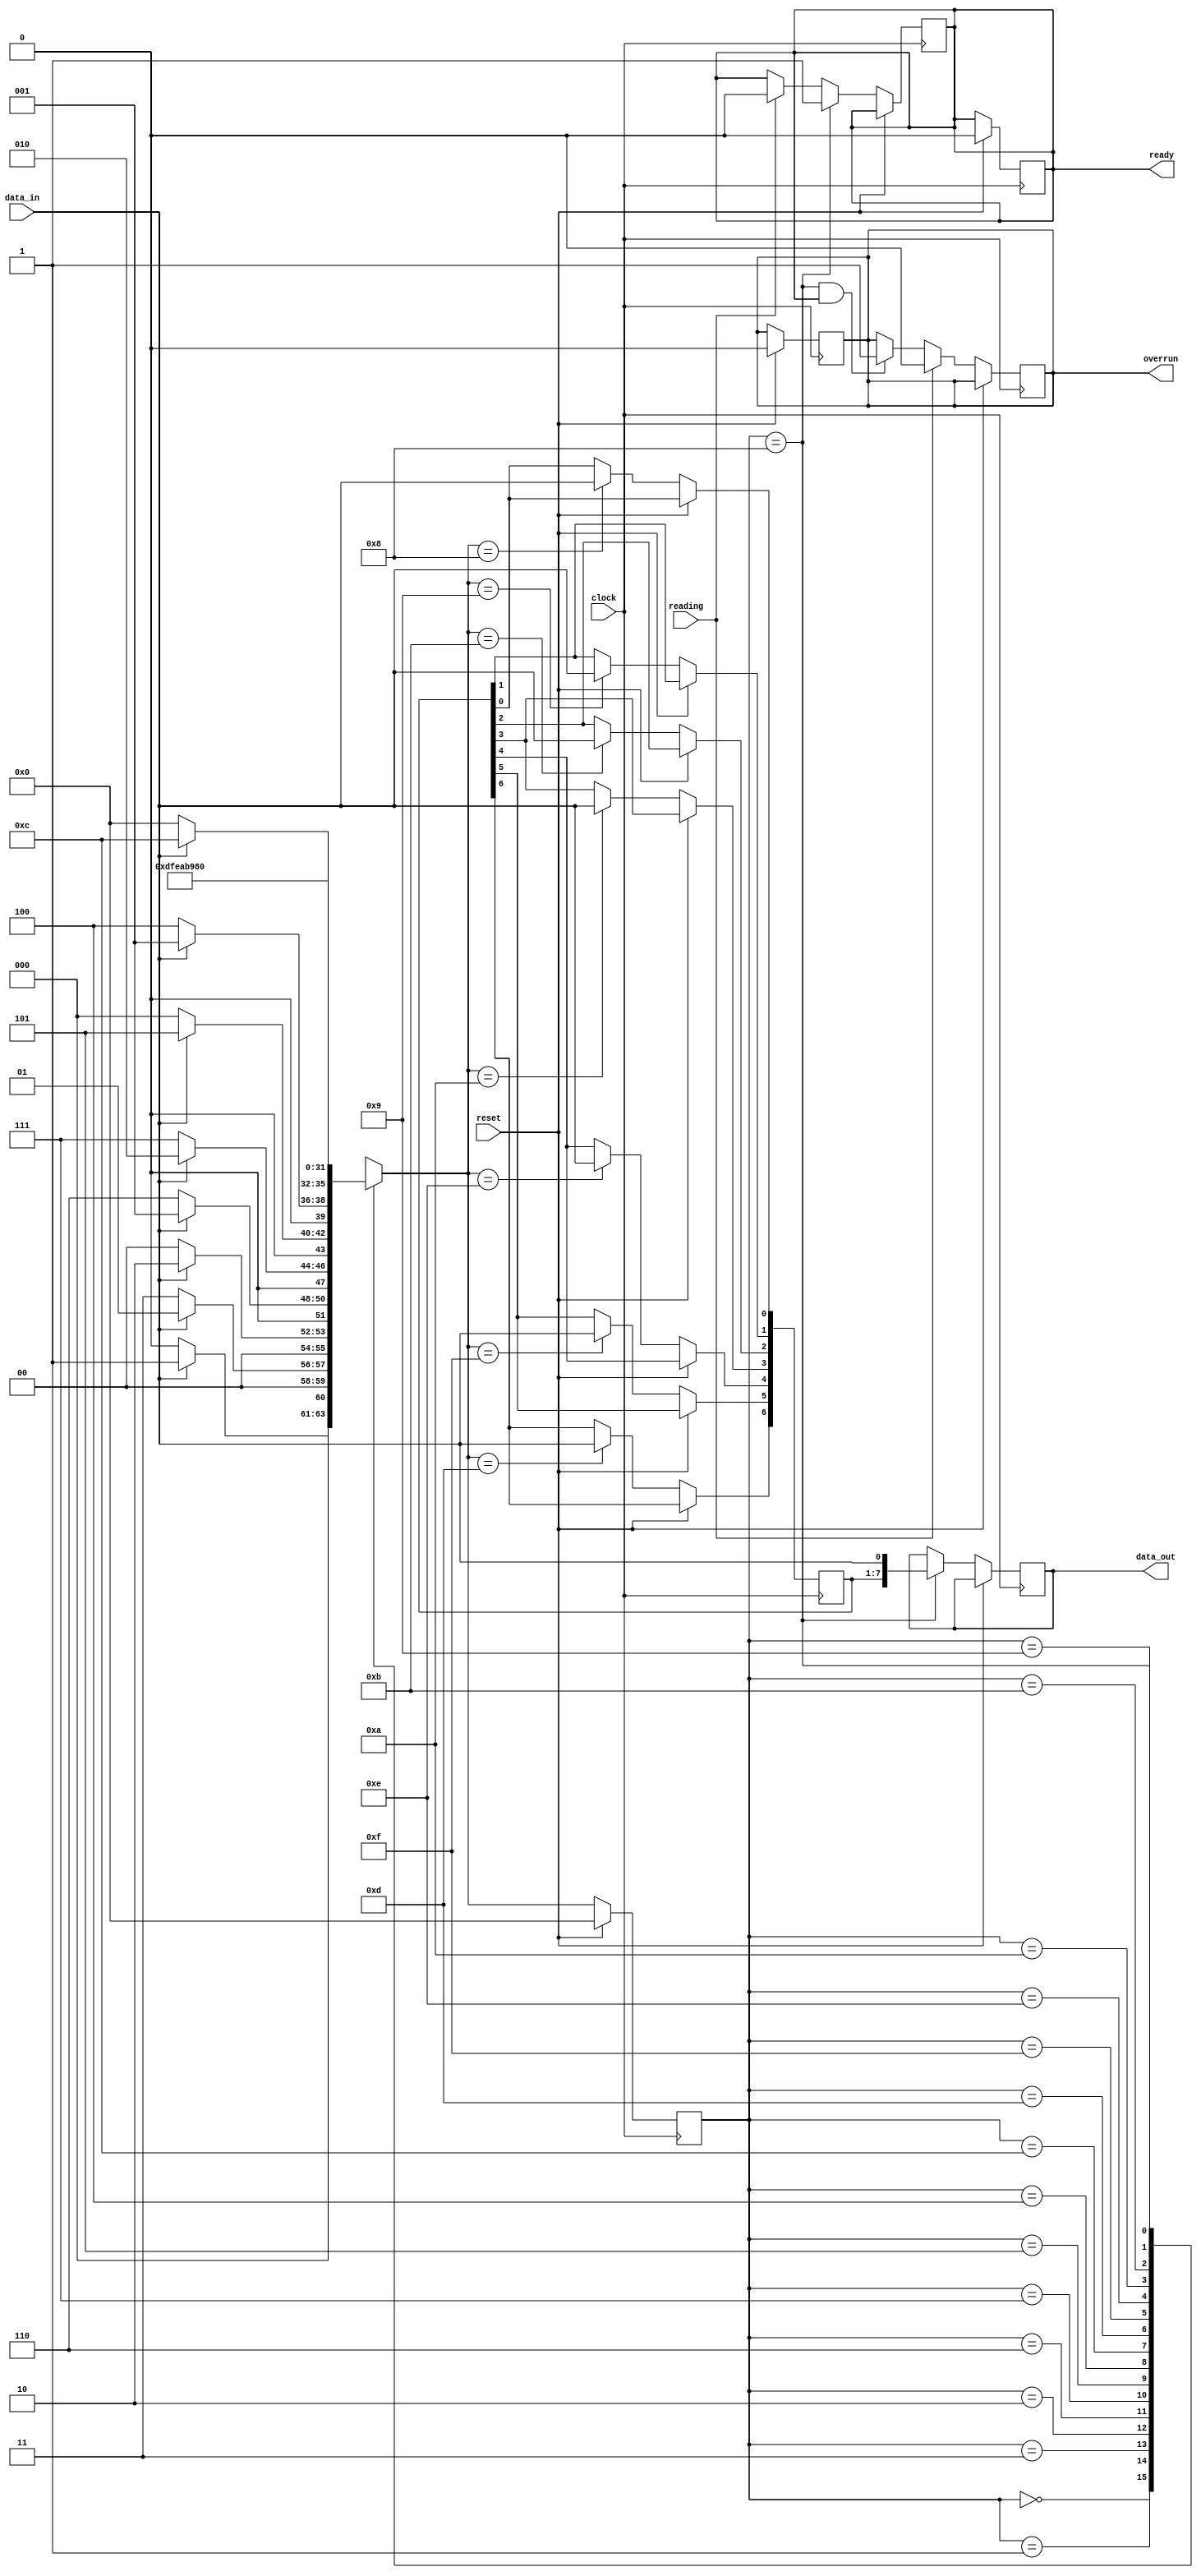
module rcvr
(
  input  wire      clock   ,
  input  wire      reset   ,
  input  wire      data_in ,
  input  wire      reading ,
  output reg       ready   ,
  output reg       overrun ,
  output reg [7:0] data_out
);

  // For proper operation the FSM must hard-code the MATCH
  localparam [7:0] MATCH = 8'hA5 ; // 10100101

  reg [3:0] state, nstate ;

  // Opportunity for Gray encoding as path is mostly linear
  localparam [3:0] HEAD1=4'b0000, HEAD2=4'b0001, HEAD3=4'b0011, HEAD4=4'b0010,
                   HEAD5=4'b0110, HEAD6=4'b0111, HEAD7=4'b0101, HEAD8=4'b0100,
                   BODY1=4'b1100, BODY2=4'b1101, BODY3=4'b1111, BODY4=4'b1110,
                   BODY5=4'b1010, BODY6=4'b1011, BODY7=4'b1001, BODY8=4'b1000;

  reg [6:0] body_reg ;

  // Next state logic
  always @*

    // WHEN IN EACH STATE WHAT MOVES FSM TO WHAT NEXT STATE?
    case ( state )
      
      HEAD1: nstate <=  data_in ? HEAD2 : HEAD1;
      HEAD2: nstate <= !data_in ? HEAD3 : HEAD2;
      HEAD3: nstate <=  data_in ? HEAD4 : HEAD1;
      HEAD4: nstate <= !data_in ? HEAD5 : HEAD2;
      HEAD5: nstate <= !data_in ? HEAD6 : HEAD4;
      HEAD6: nstate <=  data_in ? HEAD7 : HEAD1;
      HEAD7: nstate <= !data_in ? HEAD8 : HEAD2;
      HEAD8: nstate <=  data_in ? BODY1 : HEAD1;
      BODY1: nstate <= BODY2;
      BODY2: nstate <= BODY3;
      BODY3: nstate <= BODY4;
      BODY4: nstate <= BODY5;
      BODY5: nstate <= BODY6;
      BODY6: nstate <= BODY7;
      BODY7: nstate <= BODY8;
      BODY8: nstate <= HEAD1;
      
    endcase // case ( state )   

  // State and control registers
  always @(posedge clock)

    if ( reset ) begin

       // CLEAR ALL CONTROL REGISTERS TO INACTIVE STATE (IGNORE DATA REGISTERS)
       ready <= 'b0;
       overrun <= 'b0;
       state <= HEAD1;

      end

    else        
       state <= nstate;   
   
  // Output logic
  always @(posedge clock)

    if ( !reset ) begin
       
       case ( nstate )
	 
	 BODY2: body_reg[6] <= data_in;
	 BODY3: body_reg[5] <= data_in;
	 BODY4: body_reg[4] <= data_in;
	 BODY5: body_reg[3] <= data_in;
	 BODY6: body_reg[2] <= data_in;
	 BODY7: body_reg[1] <= data_in;
	 BODY8: body_reg[0] <= data_in;

       endcase // case ( nstate )

       // HERE AVOID CHECKING IF NEXT STATE IS HEAD1 BECAUSE MANY OTHER STATES
       // REFER TO THIS INITIAL STATE
       
       // IF STATE IS BODY8 THEN COPY CONCATENATION OF BODY REGISTER AND INPUT
       // DATA TO OUTPUT REGISTER AND SET READY ELSE IF READING THEN CLEAR READY 
       if ( state == BODY8 )
	 begin
	    data_out <= {body_reg, data_in};
	    ready <= 'b1;
	 end
       else if ( reading )
	 ready <= 'b0;

       // IF READING THEN CLEAR OVERRUN, ELSE
       // IF STATE IS BODY8 AND STILL READY THEN SET OVERRUN
       if ( reading )
	 overrun <= 'b0;
       else if ( state == BODY8  && ready )
	 overrun <= 'b1;
       
      end

endmodule